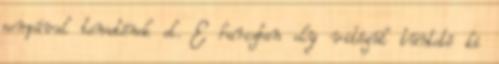
pompával temetének el. E harczban oly vitézül tünteté ki